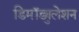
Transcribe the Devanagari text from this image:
डिमॉड्युलेशन